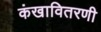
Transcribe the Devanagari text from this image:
कंखावितरणी